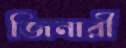
জিনারী